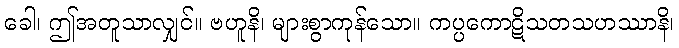
ခေါ၊ ဤအတူသာလျှင်။ ဗဟူနိ၊ များစွာကုန်သော။ ကပ္ပကောဋိသတသဟဿာနိ၊